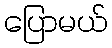
ပြောမယ်